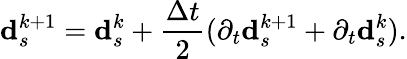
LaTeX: \mathbf{d}_{s}^{k+1}=\mathbf{d}_{s}^{k}+\frac{\Delta t}{2}(\partial_{t}\mathbf{d}_{s}^{k+1}+\partial_{t}\mathbf{d}_{s}^{k}).